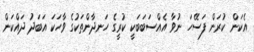
އެކަން ކުރަން ފަސޭހަ ނުވާ އެއްސަބަބަކީ ކުރީގެ ހަނދާންތަކުގެ ވާހަކަ އަބަދު ދައްކަން